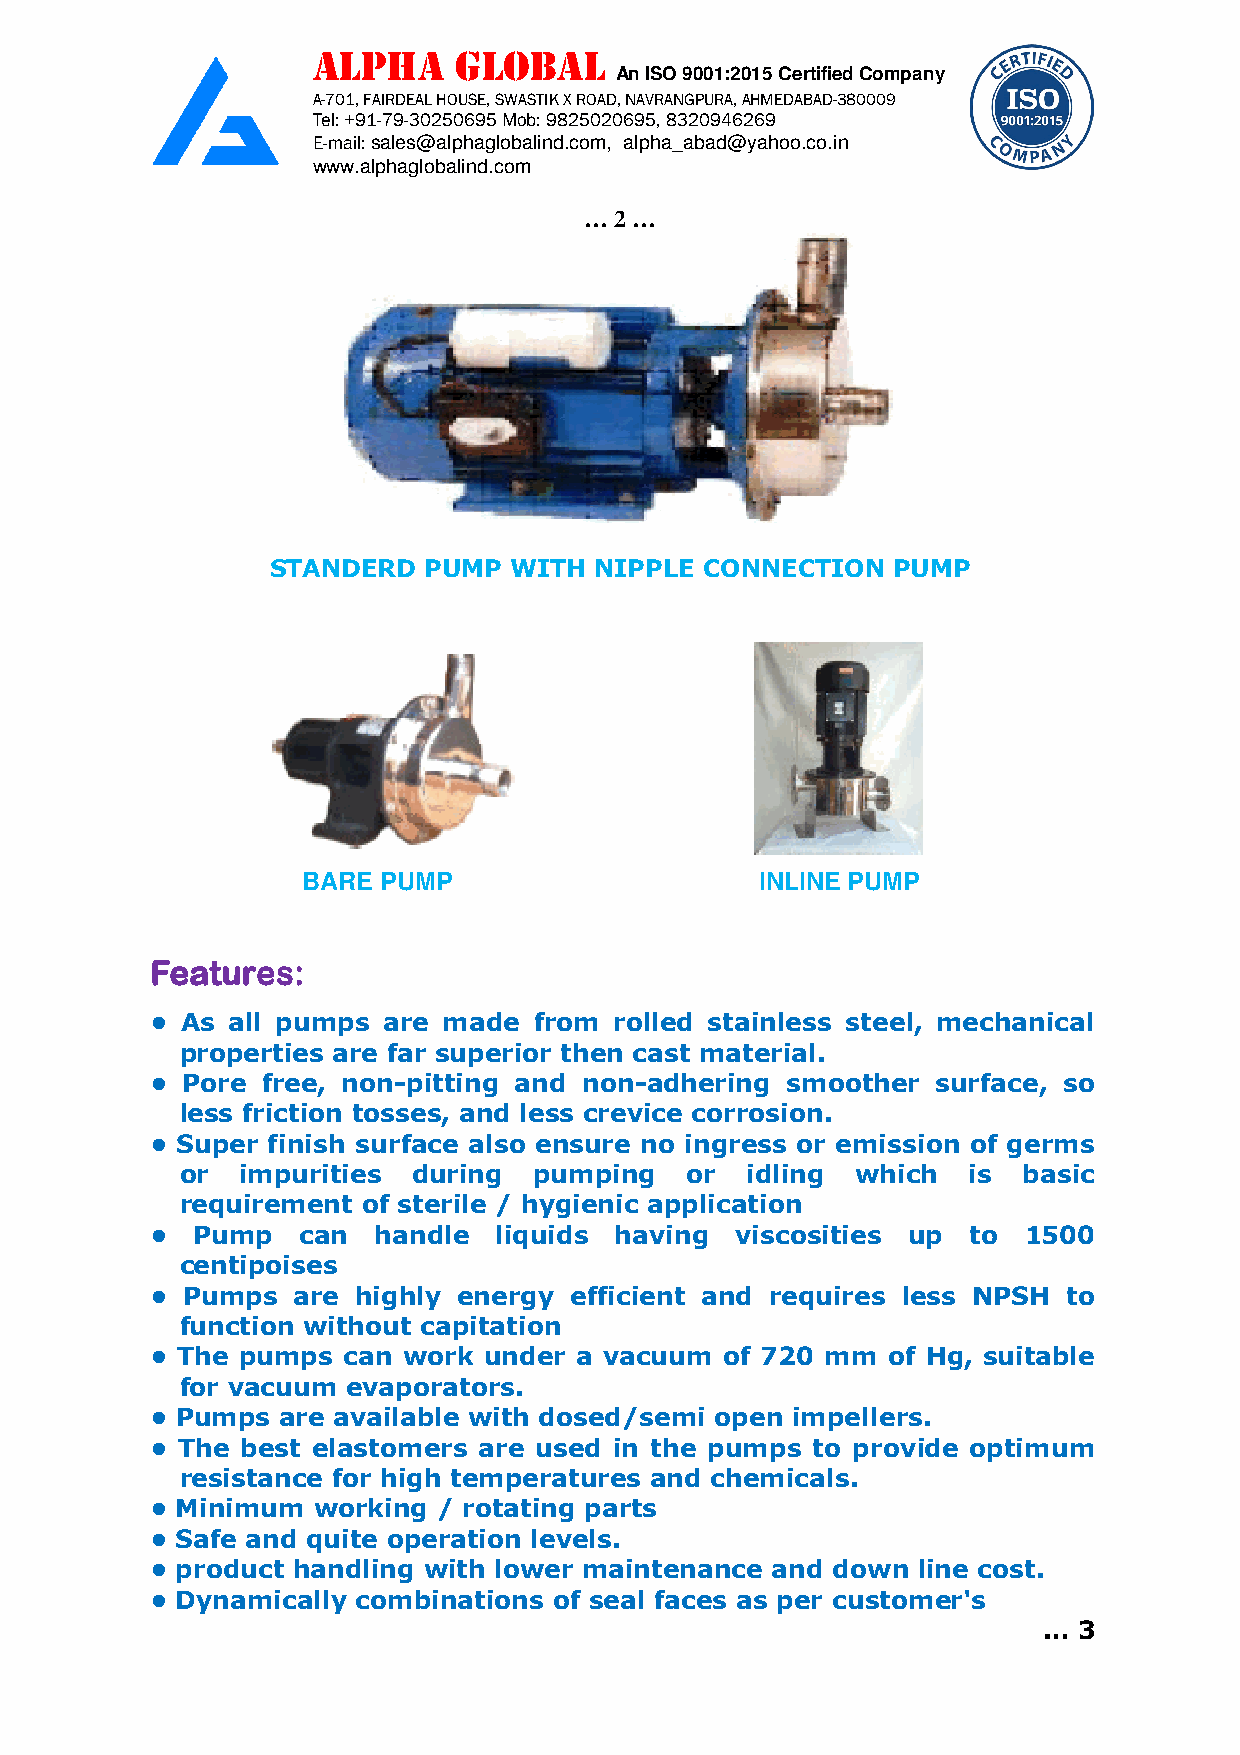
ALPHA    GLOBAL
 An ISO 9001:2015 Certified Company
 A-701, FAIRDEAL HOUSE, SWASTIK X ROAD, NAVRANGPURA, AHMEDABAD-380009
 Tel: +91-79-30250695 Mob: 9825020695, 8320946269
 E-mail: sales@alphaglobalind.com, alpha_abad@yahoo.co.in
 www.alphaglobalind.com
 … 2 …
 STANDERD  PUMP  WITH NIPPLE  CONNECTION  PUMP
 BARE PUMP                     INLINE PUMP
 FFFFeeeeaaaattttuuuurrrreeeessss::::
 • As all pumps are made  from  rolled stainless steel, mechanical
 properties are far superior then cast material.
 • Pore free, non-pitting and non-adhering smoother  surface, so
 less friction tosses, and less crevice corrosion.
 • Super finish surface also ensure no ingress or emission of germs
 or  impurities during  pumping   or  idling  which  is  basic
 requirement of sterile / hygienic application
 •  Pump   can  handle  liquids having  viscosities up to  1500
 centipoises
 • Pumps  are  highly energy efficient and requires less NPSH to
 function without capitation
 • The pumps  can work under a vacuum  of 720 mm  of Hg, suitable
 for vacuum evaporators.
 • Pumps  are available with dosed/semi open impellers.
 • The best elastomers are used in the pumps to provide optimum
 resistance for high temperatures and chemicals.
 • Minimum  working / rotating parts
 • Safe and quite operation levels.
 • product handling with lower maintenance and down line cost.
 • Dynamically combinations of seal faces as per customer's
 … 3